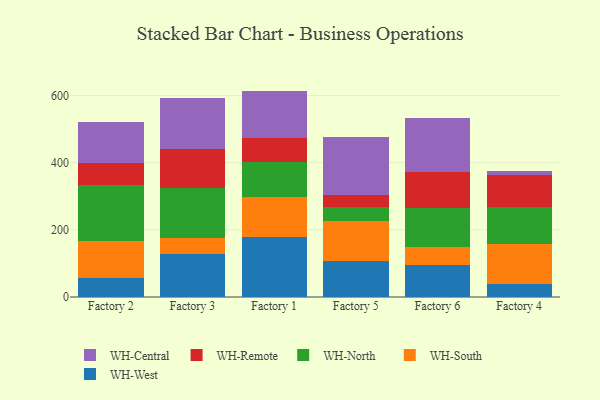
{"axis": {"x": "Factory", "y": "Energy Usage (MWh)"}, "legend": ["WH-Central", "WH-North", "WH-Remote", "WH-South", "WH-West"], "data": [{"x": "Factory 2", "y": 57.5, "type": "WH-West"}, {"x": "Factory 2", "y": 108.2, "type": "WH-South"}, {"x": "Factory 2", "y": 168.1, "type": "WH-North"}, {"x": "Factory 2", "y": 66.6, "type": "WH-Remote"}, {"x": "Factory 2", "y": 122.0, "type": "WH-Central"}, {"x": "Factory 3", "y": 127.6, "type": "WH-West"}, {"x": "Factory 3", "y": 48.5, "type": "WH-South"}, {"x": "Factory 3", "y": 147.5, "type": "WH-North"}, {"x": "Factory 3", "y": 116.6, "type": "WH-Remote"}, {"x": "Factory 3", "y": 150.8, "type": "WH-Central"}, {"x": "Factory 1", "y": 179.8, "type": "WH-West"}, {"x": "Factory 1", "y": 119.0, "type": "WH-South"}, {"x": "Factory 1", "y": 103.9, "type": "WH-North"}, {"x": "Factory 1", "y": 69.4, "type": "WH-Remote"}, {"x": "Factory 1", "y": 141.6, "type": "WH-Central"}, {"x": "Factory 5", "y": 106.5, "type": "WH-West"}, {"x": "Factory 5", "y": 118.7, "type": "WH-South"}, {"x": "Factory 5", "y": 44.0, "type": "WH-North"}, {"x": "Factory 5", "y": 34.1, "type": "WH-Remote"}, {"x": "Factory 5", "y": 172.0, "type": "WH-Central"}, {"x": "Factory 6", "y": 96.6, "type": "WH-West"}, {"x": "Factory 6", "y": 52.8, "type": "WH-South"}, {"x": "Factory 6", "y": 116.5, "type": "WH-North"}, {"x": "Factory 6", "y": 106.6, "type": "WH-Remote"}, {"x": "Factory 6", "y": 160.5, "type": "WH-Central"}, {"x": "Factory 4", "y": 38.1, "type": "WH-West"}, {"x": "Factory 4", "y": 120.6, "type": "WH-South"}, {"x": "Factory 4", "y": 109.2, "type": "WH-North"}, {"x": "Factory 4", "y": 94.4, "type": "WH-Remote"}, {"x": "Factory 4", "y": 11.7, "type": "WH-Central"}]}